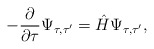
\begin{align*}-\frac{\partial }{\partial \tau }\Psi _{\tau ,\tau ^{\prime }}=\hat{H}\Psi _{\tau ,\tau ^{\prime }},\end{align*}